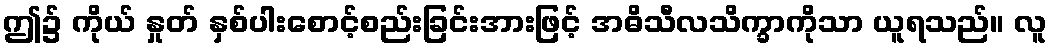
ဤ၌ ကိုယ် နှုတ် နှစ်ပါးစောင့်စည်းခြင်းအားဖြင့် အဓိသီလသိက္ခာကိုသာ ယူရသည်။ လူ